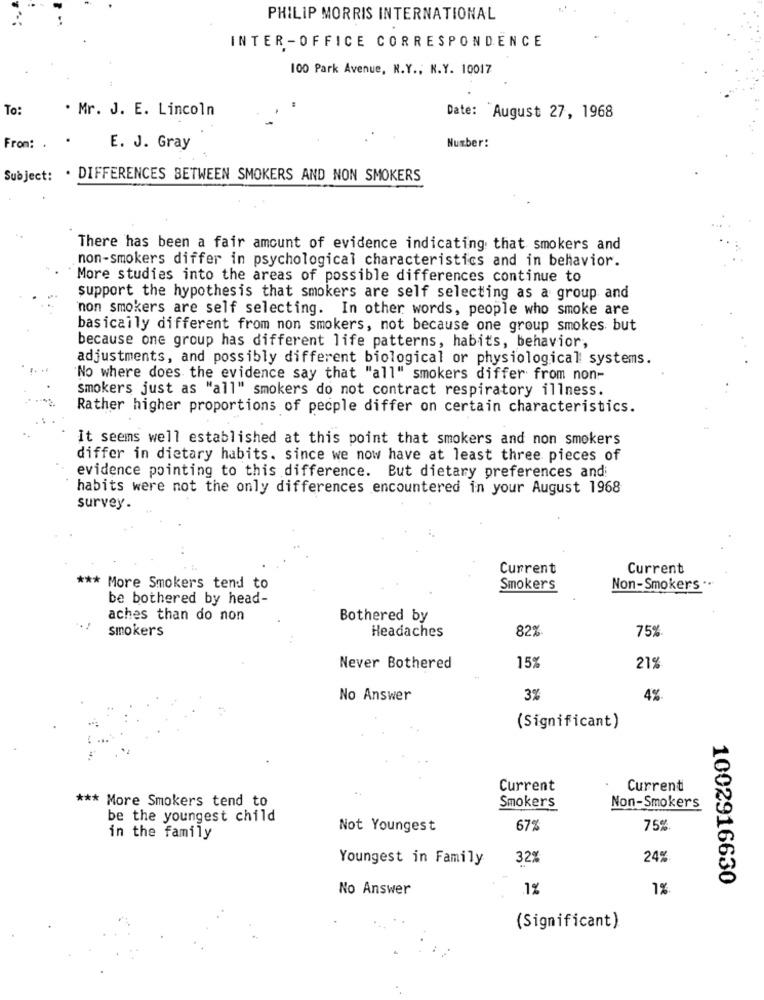
PHILIP MORRIS INTERNATIONAL
INTER -OFFICE CORRESPONDENCE
100 Park Avenue, N.Y ., N.Y. 10017
To:
· Mr. J. E. Lincoln
Date: August 27, 1968
.
Number:
From: .
E. J. Gray
Subject: . DIFFERENCES BETWEEN SMOKERS AND NON SMOKERS
There has been a fair amount of evidence indicating that smokers and
non-smokers differ in psychological characteristics and in behavior.
More studies into the areas of possible differences continue to
support the hypothesis that smokers are self selecting as a group and
non smokers are self selecting. In other words, people who smoke are
basically different from non smokers, not because one group smokes but
because one group has different life patterns, habits, behavior,
adjustments, and possibly different biological or physiological systems.
No where does the evidence say that "all" smokers differ from non-
smokers just as "all" smokers do not contract respiratory illness.
Rather higher proportions of people differ on certain characteristics.
It seems well established at this point that smokers and non smokers
differ in dietary habits. since we now have at least three pieces of
evidence pointing to this difference. But dietary preferences and
habits were not the only differences encountered in your August 1968
survey .
Current
Current
*** More Smokers tend to
Smokers
Non-Smokers ...
be bothered by head-
aches than do non
Bothered by
smokers
Headaches
82%
75%
15%
Never Bothered
21%
No Answer
3%
4%
(Significant)
Current
Current
*** More Smokers tend to
Smokers
Non-Smokers
be the youngest child
Not Youngest
67%
75%
in the family
Youngest in Family
32%
24%
1002916630
No Answer
.1%
7%
(Significant)